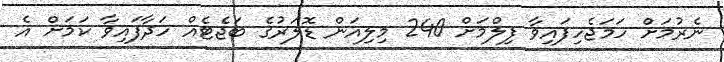
ނެރުމަށް ހަމަޖެހިފައިވާ ފިލްމަށް 240 މިލިއަން ޑޮލަރުގެ ބަޖެޓެއް ހަދާފައިވާ ކަމަށް އެ